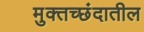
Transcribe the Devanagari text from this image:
मुक्तच्छंदातील